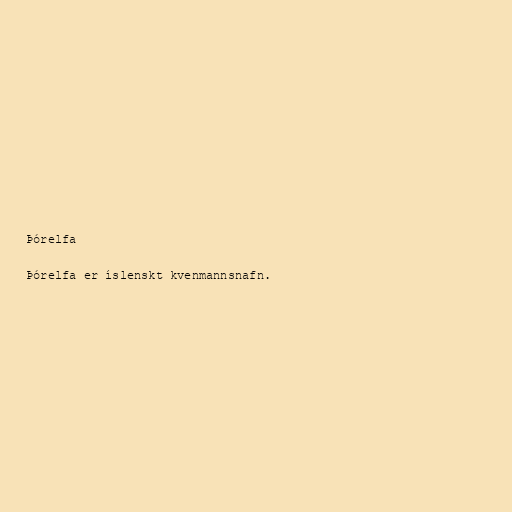
Þórelfa

Þórelfa er íslenskt kvenmannsnafn.